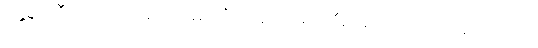
နွေရာသီမှာတော့ နေ့တာ ရှည်ပြီး ဆောင်းရာသီမှာတော့ ညတာ ရှည်တယ်။